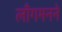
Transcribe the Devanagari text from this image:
लाँगमनने